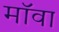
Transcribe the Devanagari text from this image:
मॉवा